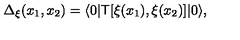
\Delta _ { \xi } ( x _ { 1 } , x _ { 2 } ) = \langle 0 | { \sf T } [ \xi ( x _ { 1 } ) , \xi ( x _ { 2 } ) ] | 0 \rangle ,